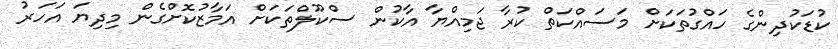
ކުޑަކުދިންގެ ހައްގުތަކަށް މަސައްކަތް ކުރާ ޖަމިއްޔާ އާކުން ސްކޫލްތަކަށް އަމާޒުކޮށްގެން މިދިޔަ އަހަރު